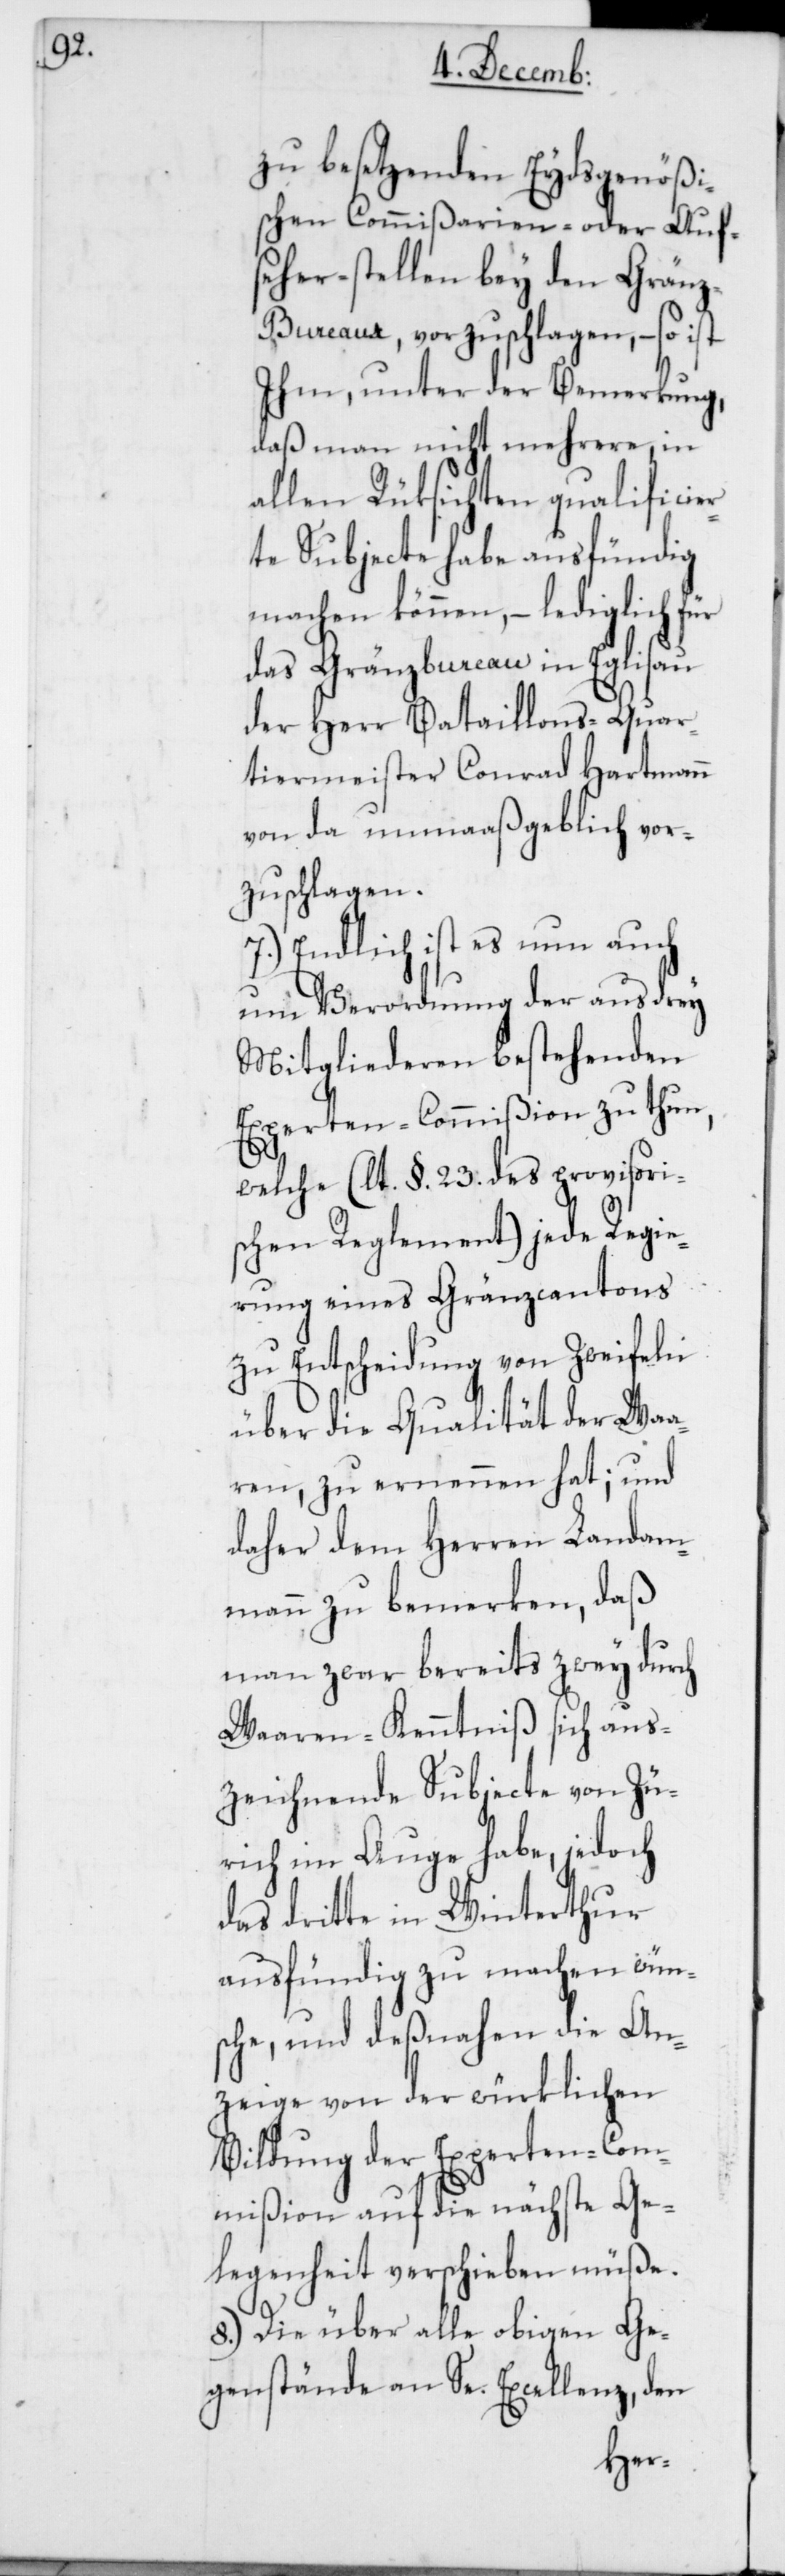
zu besetzenden Eydsgenößi¬
schen Commißarien- oder Auf¬
seher-stellen bey den Gränz¬
bureaux, vorzuschlagen, – so ist
Ihm, unter der Bemerkung,
daß man nicht mehrere, in
allen Rüksichten qualificier¬
te Subjecte habe ausfündig
machen können, – lediglich für
das Gränzbureau in Eglisau
der Herr Bataillons-Quar¬
tiermeister Conrad Hartmann
von da unmaaßgeblich vor¬
zuschlagen.
7.) Endlich ist es nun auch
um Verordnung der aus drey
Mitgliederen bestehenden
Experten-Commißion zu thun,
welche (lt. §. 23. des provisori¬
schen Reglement) jede Regie¬
rung eines Gränzcantons
zu Entscheidung von Zweifeln
über die Qualität der Waa¬
ren, zu ernennen hat; und
daher dem Herren Landam¬
mann zu bemerken, daß
man zwar bereits zwey durch
Waaren-Kenntniß sich aus¬
zeichnende Subjecte von Zü¬
rich im Auge habe, jedoch
das dritte in Winterthur
ausfündig zu machen wün¬
sche, und deßnahen die An¬
zeige von der würklichen
Bildung der Experten-Com¬
mißion auf die nächste Ge¬
legenheit verschieben müße.
8.) Die über alle obigen Ge¬
genstände an Se. Excellenz, den